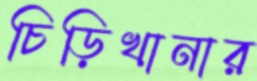
চিড়িখানার